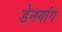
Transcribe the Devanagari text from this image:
डेनयांग